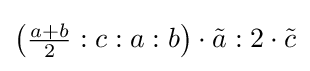
\left({\tfrac {a+b}{2}}:c:a:b\right)\cdot {\tilde {a}}:2\cdot {\tilde {c}}